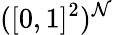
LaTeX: ([0,1]^{2})^{\mathcal{N}}